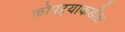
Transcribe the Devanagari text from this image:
कोपऱ्याकडील